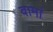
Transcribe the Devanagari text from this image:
वामां